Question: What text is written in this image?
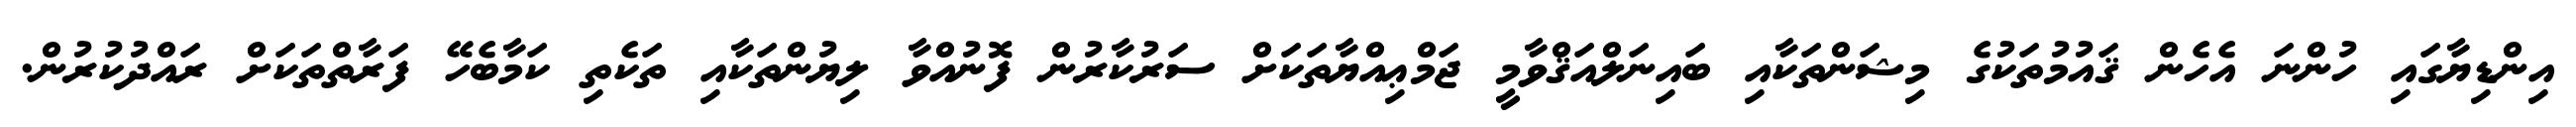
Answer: އިންޑިޔާގައި ހުންނަ އެހެން ޤައުމުތަކުގެ މިޝަންތަކާއި ބައިނަލްއަޤްވާމީ ޖަމްޢިއްޔާތަކަށް ސަރުކާރުން ފޮނުއްވާ ލިޔުންތަކާއި ތަކެތި ކަމާބެހޭ ފަރާތްތަކަށް ރައްދުކުރުން.